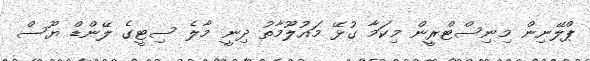
ޕްލޭނިން މިނިސްޓްރީން މިކަމާ ގުޅޭ މައުލޫމާތު ދިނީ މާލެ ސިޓީގެ ލޭންޑް ޔޫސް